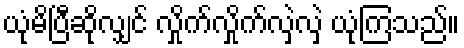
ယုံမိပြီဆိုလျှင် လှိုက်လှိုက်လှဲလှဲ ယုံကြသည်။